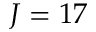
J = 1 7